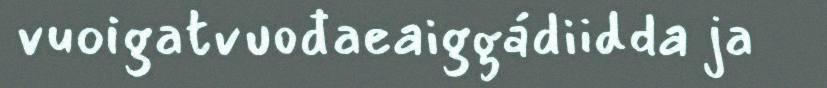
vuoigatvuođaeaiggádiidda ja